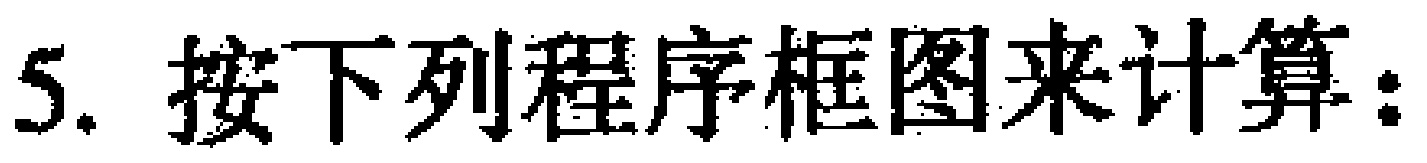
5. 按下列程序框图来计算：